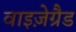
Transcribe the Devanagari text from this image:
वाइज़ेग्रैड